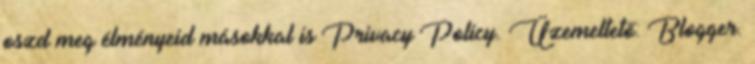
oszd meg élményeid másokkal is Privacy Policy. Üzemeltető: Blogger.